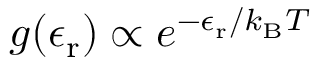
g ( \epsilon _ { \mathrm { r } } ) \propto e ^ { - \epsilon _ { \mathrm { r } } / k _ { \mathrm { B } } T }